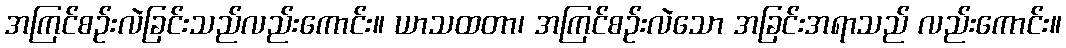
အကြင်စဉ်းလဲခြင်းသည်လည်းကောင်း။ ယာသထတာ၊ အကြင်စဉ်းလဲသော အခြင်းအရာသည် လည်းကောင်း။